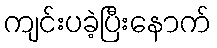
ကျင်းပခဲ့ပြီးနောက်